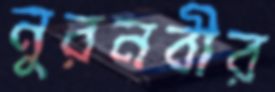
নুরনবীর